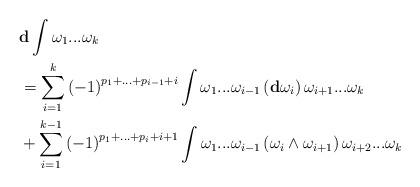
LaTeX: \begin{align*}& \mathbf{d}\int\omega_{1}...\omega_{k}\\& =\sum_{i=1}^{k}\left( -1\right) ^{p_{1}+...+p_{i-1}+i}\int\omega_{1}...\omega_{i-1}\left( \mathbf{d}\omega_{i}\right) \omega_{i+1}...\omega_{k}\\& +\sum_{i=1}^{k-1}\left( -1\right) ^{p_{1}+...+p_{i}+i+1}\int\omega_{1}...\omega_{i-1}\left( \omega_{i}\wedge\omega_{i+1}\right) \omega_{i+2}...\omega_{k}\end{align*}